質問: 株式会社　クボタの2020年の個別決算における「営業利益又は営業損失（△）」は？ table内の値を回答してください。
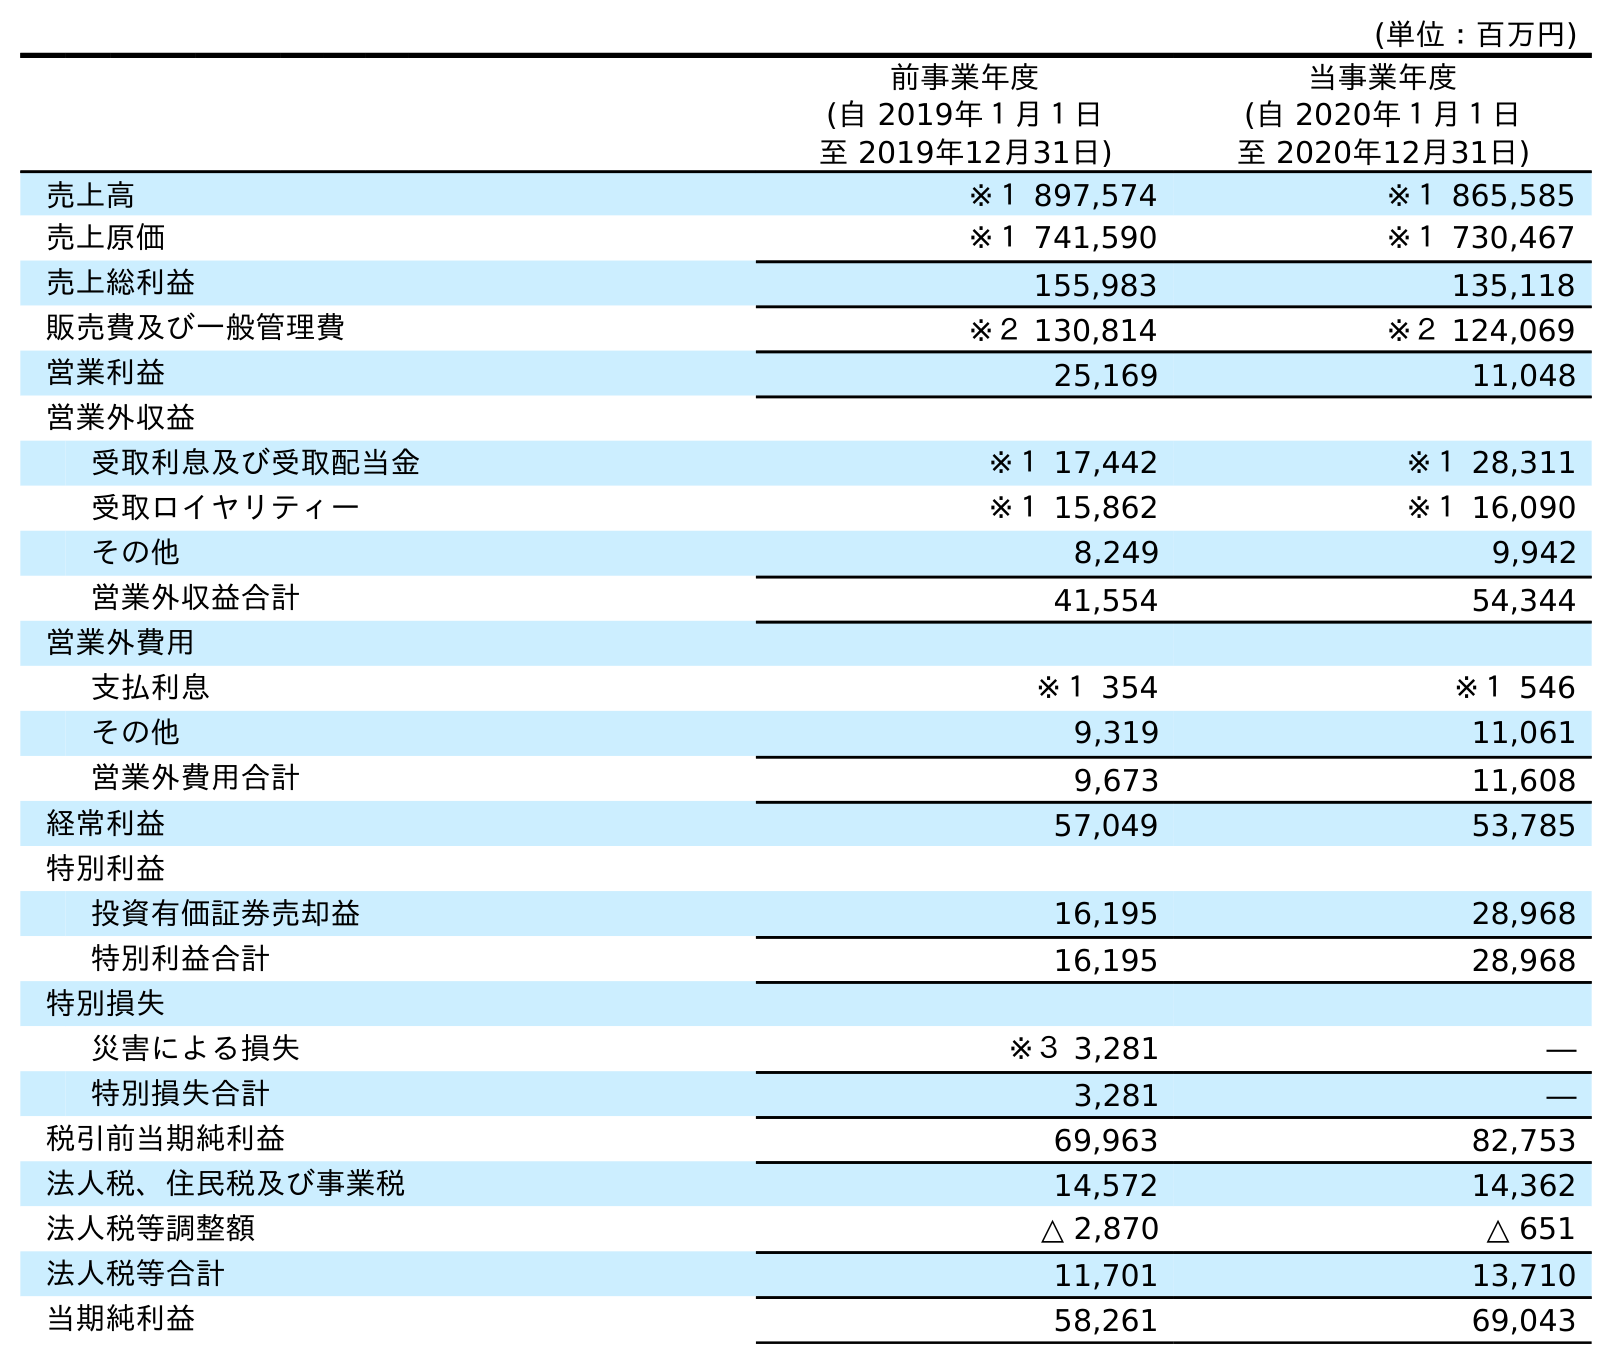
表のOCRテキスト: (単位：百万円) 前事業年度 (自 2019年１月１日 至 2019年12月31日) 当事業年度 (自 2020年１月１日 至 2020年12月31日) 売上高 ※１ 897,574 ※１ 865,585 売上原価 ※１ 741,590 ※１ 730,467 売上総利益 155,983 135,118 販売費及び一般管理費 ※２ 130,814 ※２ 124,069 営業利益 25,169 11,048 営業外収益 受取利息及び受取配当金 ※１ 17,442 ※１ 28,311 受取ロイヤリティー ※１ 15,862 ※１ 16,090 その他 8,249 9,942 営業外収益合計 41,554 54,344 営業外費用 支払利息 ※１ 354 ※１ 546 その他 9,319 11,061 営業外費用合計 9,673 11,608 経常利益 57,049 53,785 特別利益 投資有価証券売却益 16,195 28,968 特別利益合計 16,195 28,968 特別損失 災害による損失 ※３ 3,281 ― 特別損失合計 3,281 ― 税引前当期純利益 69,963 82,753 法人税、住民税及び事業税 14,572 14,362 法人税等調整額 △ 2,870 △ 651 法人税等合計 11,701 13,710 当期純利益 58,261 69,043
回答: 11,048